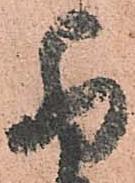
卯